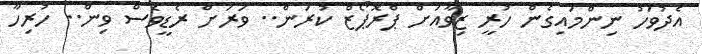
އެދުވަހު ނިންމައިގެން ހުރީ ޒިވާއަށް ޕްރޮޕޯޒް ކުރަން.. ވަރަށް ރެޑީވެސް ވިން.. ހުރިހާ